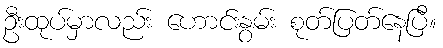
ဦးထုပ်မှာလည်း ဟောင်းနွမ်း စုတ်ပြတ်နေပြီ။